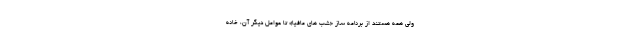
ولی همه هستند از برنامه ساز «شب های مافیا» تا عوامل دیگر آن، خانه